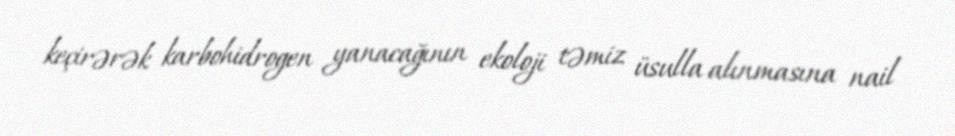
keçirərək karbohidrogen yanacağının ekoloji təmiz üsulla alınmasına nail